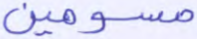
مسومين